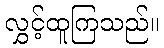
လွှင့်ထူကြသည်။